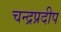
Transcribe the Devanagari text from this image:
चन्द्रप्रदीप